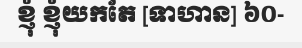
ខ្ញុំ ខ្ញុំយកតែ [ទាហាន] ៦០-